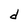
Character: d